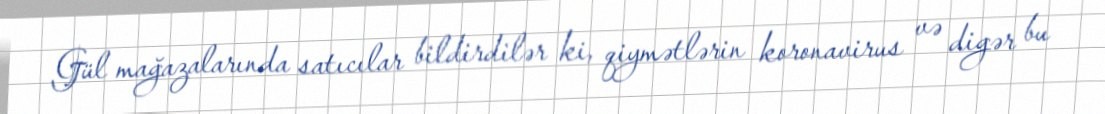
Gül mağazalarında satıcılar bildirdilər ki, qiymətlərin koronavirus və digər bu